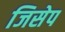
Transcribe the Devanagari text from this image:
जिसेप